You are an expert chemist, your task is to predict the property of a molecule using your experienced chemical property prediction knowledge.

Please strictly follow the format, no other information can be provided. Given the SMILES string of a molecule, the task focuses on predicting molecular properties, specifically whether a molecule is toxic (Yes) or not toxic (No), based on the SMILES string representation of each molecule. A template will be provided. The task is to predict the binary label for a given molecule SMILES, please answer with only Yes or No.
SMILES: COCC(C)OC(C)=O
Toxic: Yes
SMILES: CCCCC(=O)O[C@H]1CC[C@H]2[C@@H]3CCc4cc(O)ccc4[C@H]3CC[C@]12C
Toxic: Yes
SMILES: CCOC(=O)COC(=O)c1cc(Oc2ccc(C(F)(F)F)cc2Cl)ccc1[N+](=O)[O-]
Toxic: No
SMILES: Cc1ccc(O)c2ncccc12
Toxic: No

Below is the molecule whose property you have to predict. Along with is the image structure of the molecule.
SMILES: CC1CC(OC(=O)c2ccccc2O)CC(C)(C)C1
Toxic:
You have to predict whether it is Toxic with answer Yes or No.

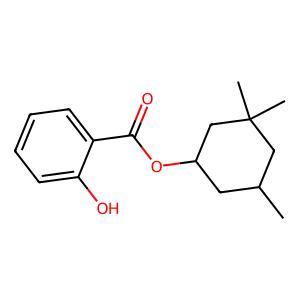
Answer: No